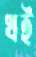
খই